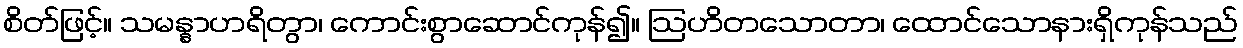
စိတ်ဖြင့်။ သမန္နာဟရိတွာ၊ ကောင်းစွာဆောင်ကုန်၍။ ဩဟိတသောတာ၊ ထောင်သောနားရှိကုန်သည်